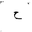
Letter: _ha